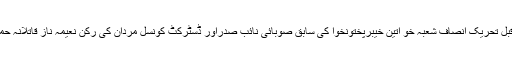
واضح رہے کہ اس سےقبل تحریک انصاف شعبہ خو اتین خیبرپختونخوا کی سابق صوبائی نائب صدراور ڈسٹرکٹ کونسل مردان کی رکن نعیمہ ناز قاتلانہ حملے میں بال بال بچ گئیں۔